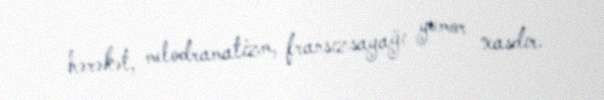
hərəkət, melodramatizm, fransızsayağı yumor xasdır.